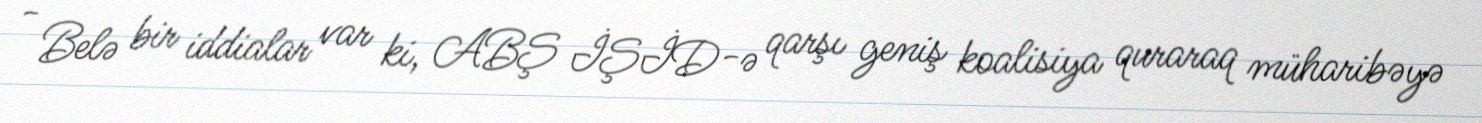
- Belə bir iddialar var ki, ABŞ İŞİD-ə qarşı geniş koalisiya quraraq müharibəyə